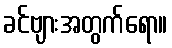
ခင်ဗျားအတွက်ရော။